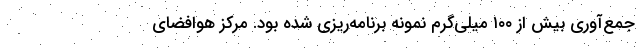
جمع‌آوری بیش از ۱۰۰ میلی‌گرم نمونه برنامه‌ریزی شده بود. مرکز هوافضای